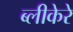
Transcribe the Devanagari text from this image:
ब्लीकेरे